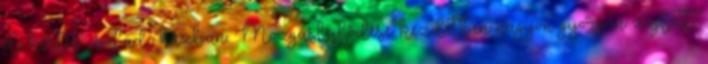
él, kertes családi házban. Mozgásfejlődése kezdetben nagyon gyorsan zajlott,